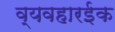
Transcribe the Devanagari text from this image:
व्यवहारईक